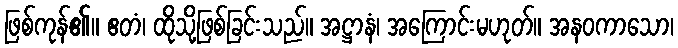
ဖြစ်ကုန်၏။ ဧတံ၊ ထိုသို့ဖြစ်ခြင်းသည်။ အဋ္ဌာနံ၊ အကြောင်းမဟုတ်။ အနဝကာသော၊